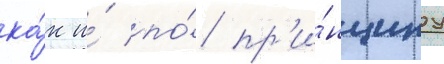
ка́к и́ по́ пр'и́нципу